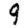
Digit: 9